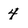
Character: 4